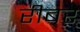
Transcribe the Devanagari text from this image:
रीबर